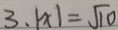
3 . 1 \times 1 = \sqrt { 1 0 }